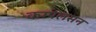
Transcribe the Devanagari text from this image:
कम्पलसन